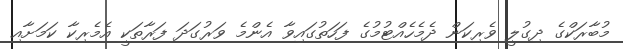
މުބާރަކްގެ ދިގުލީ ވެރިކަން ދެމެހެއްޓުމުގެ ފަހަތުގައިވާ އެންމެ ވަރުގަދަ ފަރާތަކީ އެމެރިކާ ކަމަށާއި